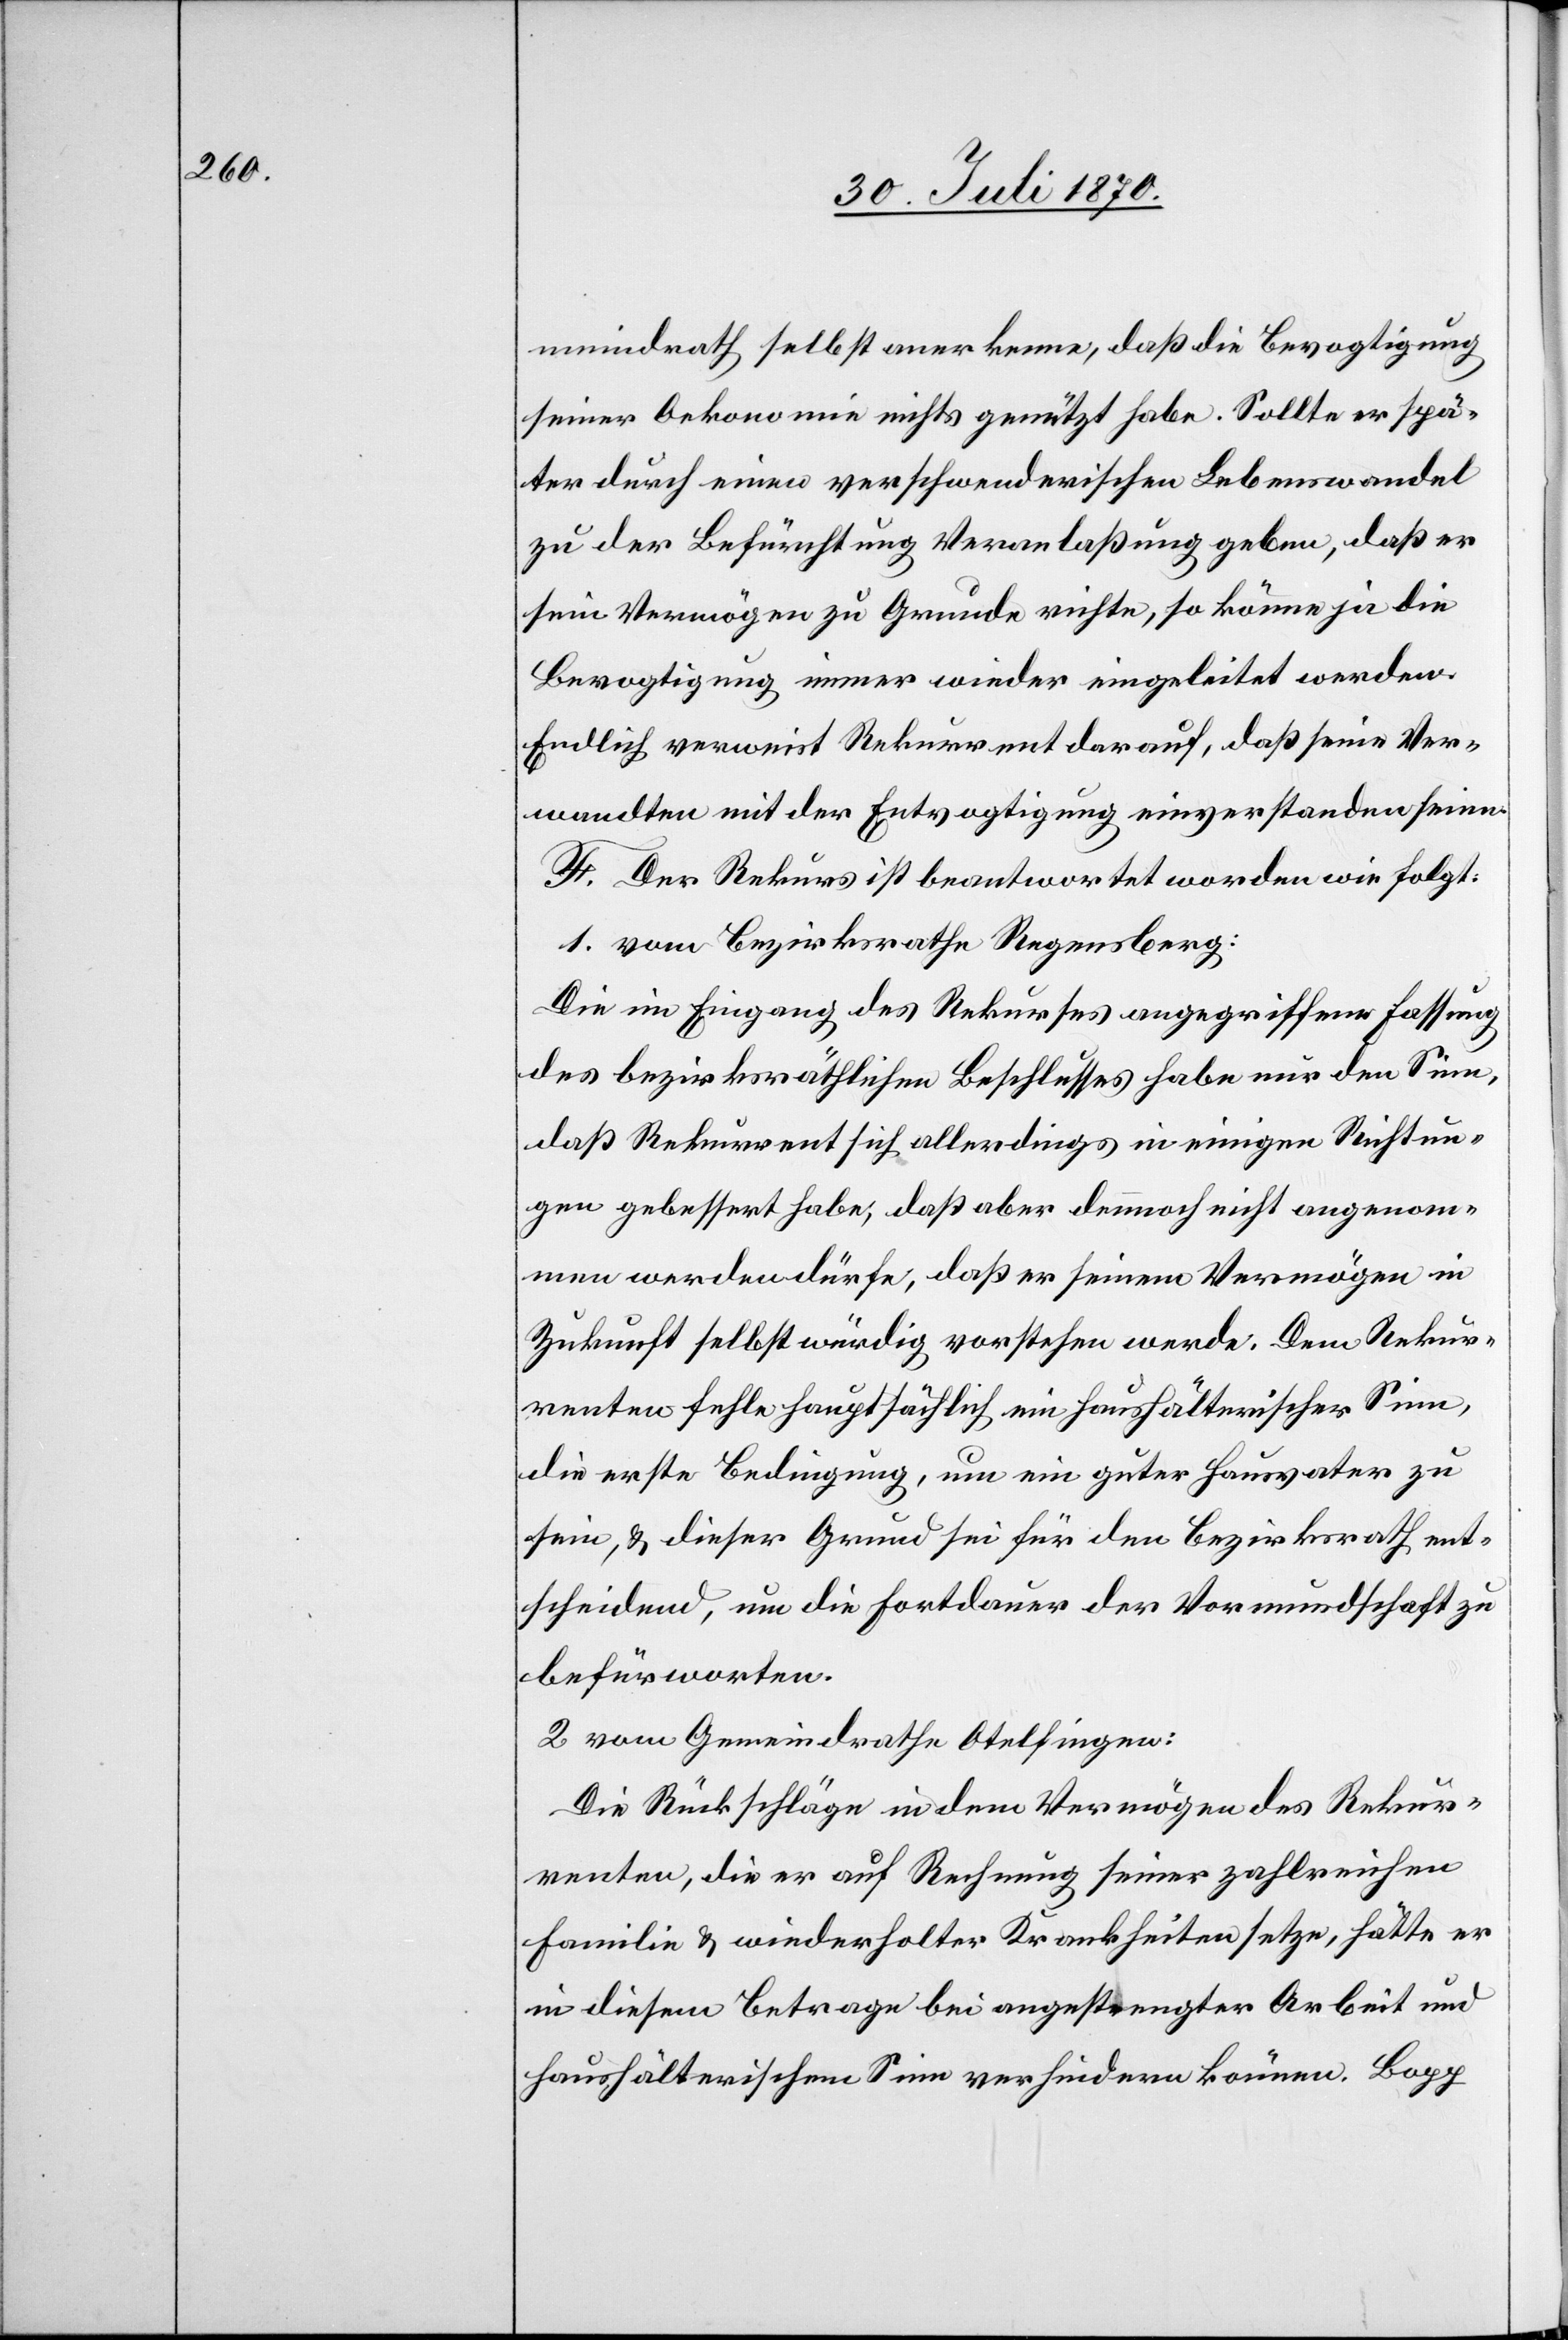
meindrath selbst anerkenne, daß die Bevogtigung
seiner Oekonomie nichts genützt habe. Sollte er spä¬
ter durch einen verschwenderischen Lebenswandel
zu der Befürchtung Veranlaßung geben, daß er
sein Vermögen zu Grunde richte, so könne ja die
Bevogtigung immer wieder eingeleitet werden.
Endlich verweist Rekurrent darauf, daß seine Ver¬
wandten mit der Entvogtigung einverstanden seien.
F. Der Rekurs ist beantwortet worden wie folgt:
1. vom Bezirksrathe Regensberg:
Die im Eingang des Rekurses angegriffene Fassung
des bezirksräthlichen Beschlusses habe nur den Sinn,
daß Rekurrent sich allerdings in einigen Richtun¬
gen gebessert habe, daß aber dennoch nicht angenom¬
men werden dürfe, daß er seinem Vermögen in
Zukunft selbstwürdig vorstehen werde. Dem Rekur¬
renten fehle hauptsächlich ein haushälterischer Sinn,
die erste Bedingung, um ein guter Hausvater zu
sein, & dieser Grund sei für den Bezirksrath ent¬
scheidend, um die Fortdauer der Vormundschaft zu
befürworten.
2. vom Gemeindrathe Otelfingen:
Die Rückschläge in dem Vermögen des Rekur¬
renten, die er auf Rechnung seiner zahlreichen
Familie & wiederholter Krankheiten setze, hätte er
in diesem Betrage bei angestrengter Arbeit und
haushälterischem Sinn verhindern können. Bopp